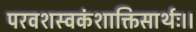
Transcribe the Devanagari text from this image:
परवशस्वकंशाक्तिसार्थः।।